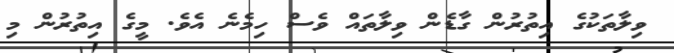
ވިލާތަކުގެ އިތުރުން ގާޑެން ވިލާތައް ވެސް ހިމެނެ އެވެ. މީގެ އިތުރުން މި